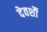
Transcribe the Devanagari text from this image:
देवर्शौ